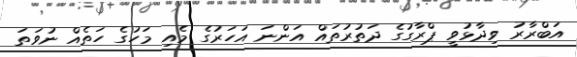
އަބްރާރު ވިދާޅުވީ ޕްރާގުގެ ދަތުރުތައް އަންނަ އަހަރުގެ މެއި މަހުގެ ހަތެއް ނުވަތަ